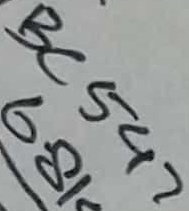
Text: BC547